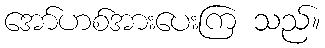
အော်ဟစ်အားပေးကြ သည်။